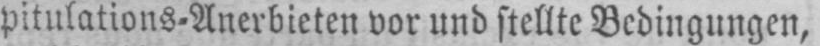
pitulations-Anerbieten vor und stellte Bedingungen,